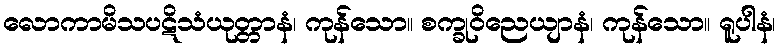
လောကာမိသပဋိသံယုတ္တာနံ၊ ကုန်သော။ စက္ခုဝိညေယျာနံ၊ ကုန်သော။ ရူပါနံ၊